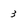
Character: 3